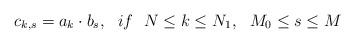
LaTeX: \begin{align*}c_{k,s}=a_k \cdot b_s,\ \ if \ \ N \leq k \leq N_1, \ \ M_0 \leq s\leq M\end{align*}